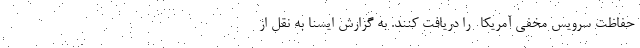
حفاظت سرویس مخفی آمریکا- را دریافت کنند. به گزارش ایسنا به نقل از